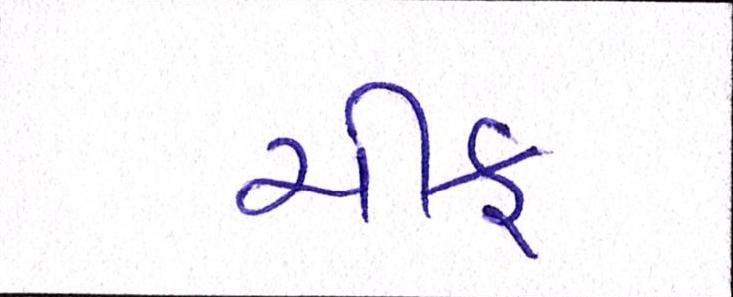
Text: ચીફ